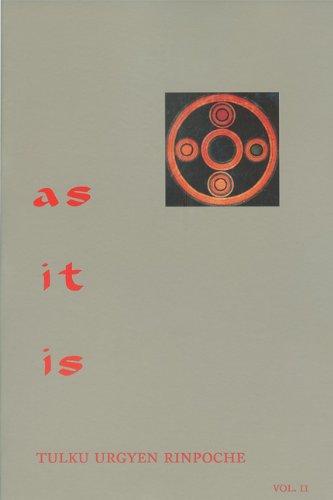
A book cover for As It Is, Vol. 2; Tulku Urgyen Rinpoche; Religion & Spirituality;